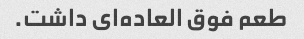
طعم فوق العاده‌ای داشت.